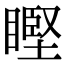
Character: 𥉸